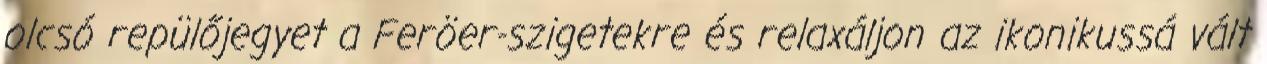
olcsó repülőjegyet a Feröer-szigetekre és relaxáljon az ikonikussá vált